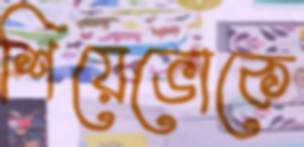
শিয়েভোকে